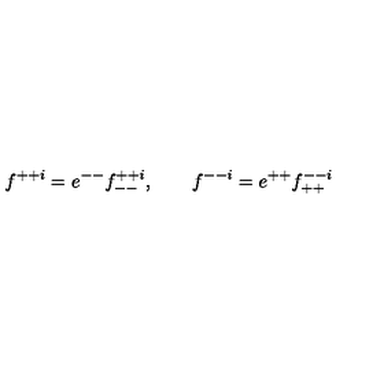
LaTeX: f ^ { + + i } = e ^ { -- } f _ { -- } ^ { + + i } , \qquad f ^ { -- i } = e ^ { + + } f _ { + + } ^ { -- i }